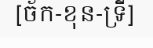
[ច័ក-ខុន-ទ្រី]